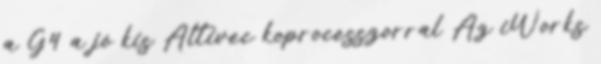
a G4 a jó kis Altivec koprocesszorral Az iWorks